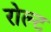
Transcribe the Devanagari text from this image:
रोल्ट